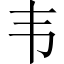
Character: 韦